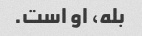
بله، او است.